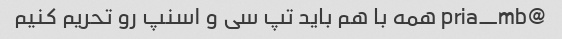
@pria_mb همه با هم باید تپ سی و اسنپ رو تحریم کنیم